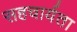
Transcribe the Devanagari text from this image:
सहचार्यता